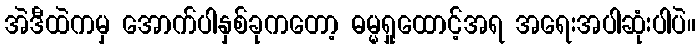
အဲဒီထဲကမှ အောက်ပါနှစ်ခုကတော့ ဓမ္မရှုထောင့်အရ အရေးအပါဆုံးပါပဲ။